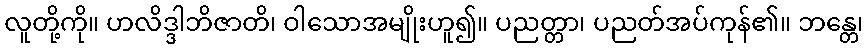
လူတို့ကို။ ဟလိဒ္ဒါဘိဇာတိ၊ ဝါသောအမျိုးဟူ၍။ ပညတ္တာ၊ ပညတ်အပ်ကုန်၏။ ဘန္တေ၊